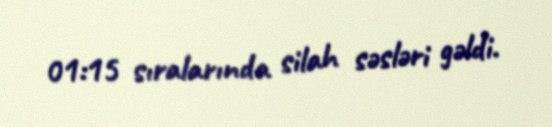
01:15 sıralarında silah səsləri gəldi.